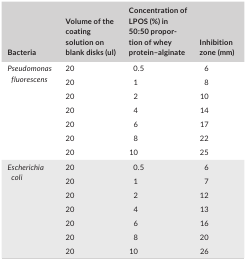
<table><thead><tr><td><b>Bacteria</b></td><td><b>Volume of the coating solution on blank disks (ul)</b></td><td><b>Concentration of LPOS (%) in 50:50 proportion of whey protein–alginate</b></td><td><b>Inhibition zone (mm)</b></td></tr></thead><tbody><tr><td rowspan="7"><i>Pseudomonas fluorescens</i></td><td>20</td><td>0.5</td><td>6</td></tr><tr><td>20</td><td>1</td><td>8</td></tr><tr><td>20</td><td>2</td><td>10</td></tr><tr><td>20</td><td>4</td><td>14</td></tr><tr><td>20</td><td>6</td><td>17</td></tr><tr><td>20</td><td>8</td><td>22</td></tr><tr><td>20</td><td>10</td><td>25</td></tr><tr><td rowspan="7"><i>Escherichia coli</i></td><td>20</td><td>0.5</td><td>6</td></tr><tr><td>20</td><td>1</td><td>7</td></tr><tr><td>20</td><td>2</td><td>12</td></tr><tr><td>20</td><td>4</td><td>13</td></tr><tr><td>20</td><td>6</td><td>16</td></tr><tr><td>20</td><td>8</td><td>20</td></tr><tr><td>20</td><td>10</td><td>26</td></tr></tbody></table>